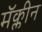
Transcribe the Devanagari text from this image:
मॅक्लीन